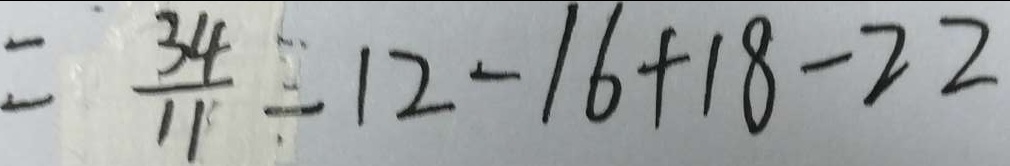
= \frac { 3 4 } { 1 1 } - 1 2 - 1 6 + 1 8 - 2 2